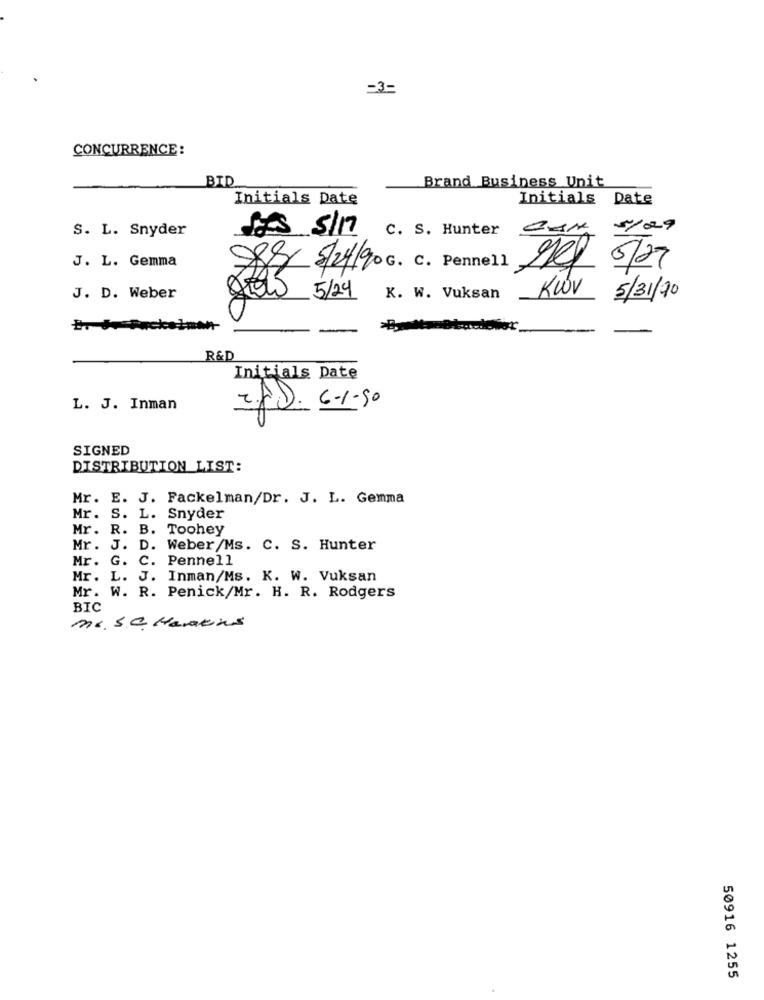
-3=
CONCURRENCE:
BID
Brand Business Unit
Initials Date
Initials Date
S. L. Snyder
5/29
LES 5/17 c. S. Hunter CAN
J. L. Gemma
88 5/24/90 G. c. Pennell
nel 5/27
J. D. Weber
5/24
K. W. Vuksan
KWV
5/31/20
R&D
Initials Date
6-1-50
L. J. Inman
SIGNED
DISTRIBUTION LIST:
Mr. E. J. Fackelman/Dr. J. L. Gemma
Mr. S. L. Snyder
Mr. R. B. Toohey
Mr. J. D. Weber/Ms. C. S. Hunter
Mr. G. C. Pennell
Mr. L. J. Inman/Ms. K. W. Vuksan
Mr. W. R. Penick/Mr. H. R. Rodgers
BIC
Mr. S.a. Martins
50916 1255